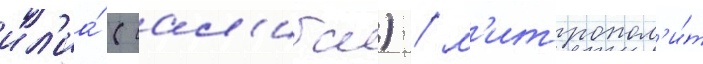
ил'иа́ (сал'иба) / м'итропол'и́т